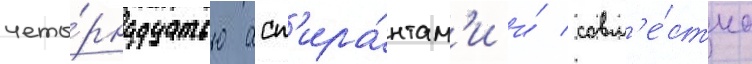
четы́рнадцатью асп'ира́нтам'и и́ совм'е́стно